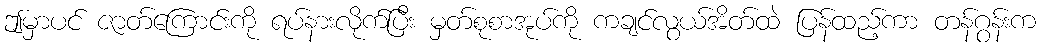
ဤမှာပင် ဇာတ်ကြောင်းကို ရပ်နားလိုက်ပြီး မှတ်စုစာအုပ်ကို ကချင်လွယ်အိတ်ထဲ ပြန်ထည့်ကာ တန်ဂွန်းက